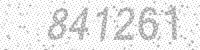
Solution: 841261